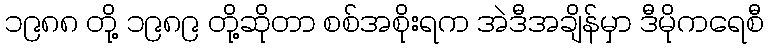
၁၉၈၈ တို့ ၁၉၈၉ တို့ဆိုတာ စစ်အစိုးရက အဲဒီအချိန်မှာ ဒီမိုကရေစီ